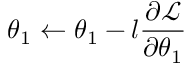
\boldsymbol { \theta } _ { 1 } \gets \boldsymbol { \theta } _ { 1 } - l \frac { \partial \mathcal { L } } { \partial \boldsymbol { \theta } _ { 1 } }